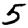
Digit: 5